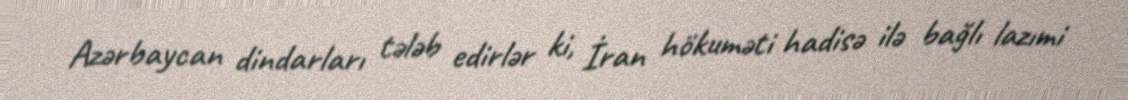
Azərbaycan dindarları tələb edirlər ki, İran hökuməti hadisə ilə bağlı lazımi